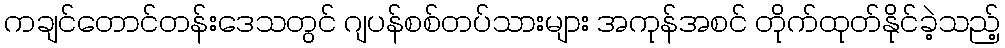
ကချင်တောင်တန်းဒေသတွင် ဂျပန်စစ်တပ်သားများ အကုန်အစင် တိုက်ထုတ်နိုင်ခဲ့သည့်